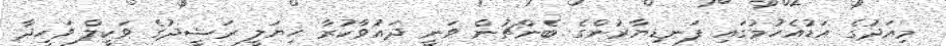
މިއަދުގެ އަޑުއެހުމުގައި ފަނޑިޔާރުންގެ ބެންޗުން ވަނީ ދައުވާކުރާ ހިޔަލީ ރަޝީދުގެ ވަކީލް ވަހީދާ